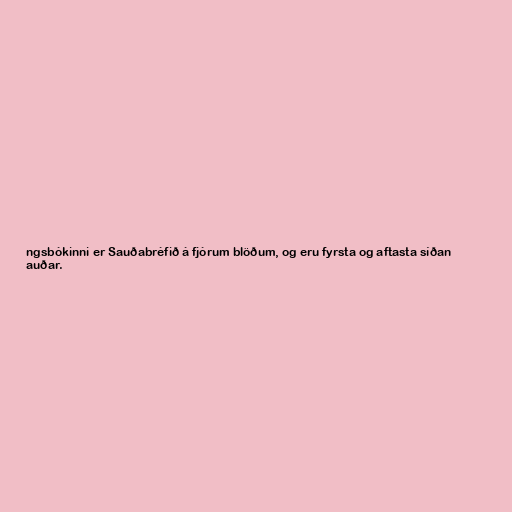
ngsbókinni er Sauðabréfið á fjórum blöðum, og eru fyrsta og aftasta síðan
auðar.